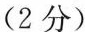
(2分)